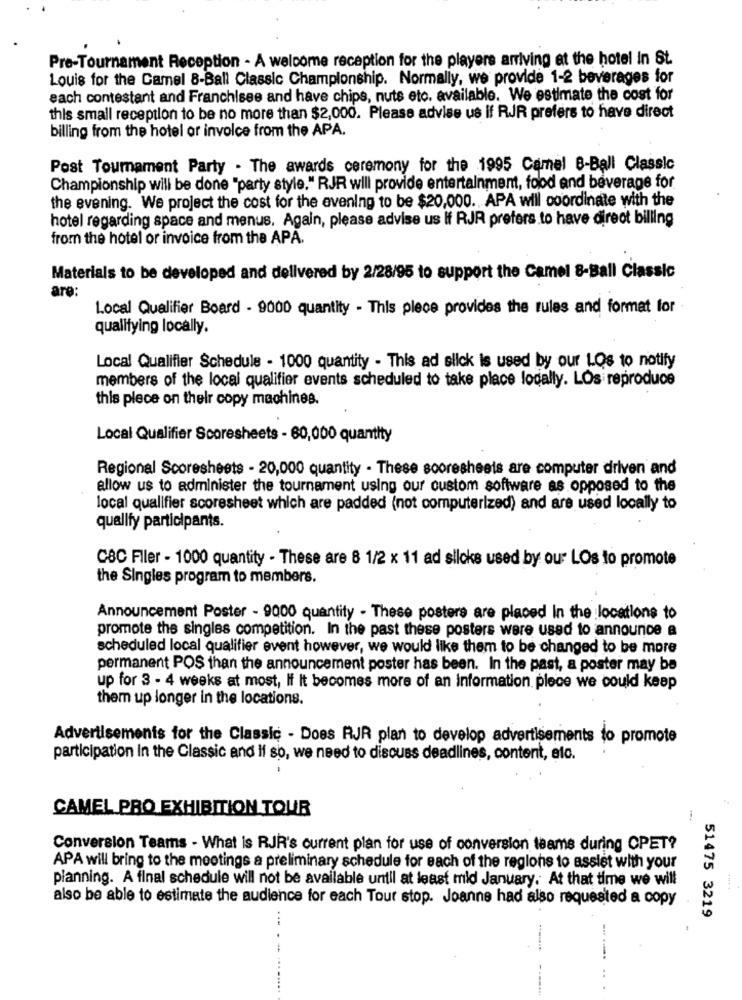
Pre-Tournament Reception - A welcome reception for the players arriving at the hotel In St.
Louis for the Camel 8-Ball Classic Championship. Normally, we provide 1-2 beverages for
each contestant and Franchisee and have chips, nuts etc. available. We estimate the cost for
this small reception to be no more than $2,000. Please advise us if RJR prefers to have direct
billing from the hotel or invoice from the APA.
Post Tournament Party . The awards ceremony for the 1995 Camel 8-Ball Classic
Championship will be done "party style." RJR will provide entertainment, food and beverage for
the evening. We project the cost for the evening to be $20,000. APA will coordinate with the
hotel regarding space and menus. Again, please advise us if RJR prefers to have direct billing
from the hotel or invoice from the APA.
Materials to be developed and delivered by 2/28/95 to support the Camel 8-Ball Classic
are:
Local Qualifier Board - 9000 quantity - This piece provides the rules and format for
qualifying locally.
Local Qualifier Schedule - 1000 quantity - This ad slick is used by our LOs to notify
members of the local qualifier events scheduled to take place locally. LOs reproduce
this piece on their copy machines.
Local Qualifier Scoresheets - 60,000 quantity
Regional Scoresheets - 20,000 quantity - These scoresheets are computer driven and
allow us to administer the tournament using our custom software as opposed to the
local qualifier scoresheet which are padded (not computerized) and are used locally to
qualify participants.
CBC Fler - 1000 quantity - These are 8 1/2 x 11 ad slicks used by our LOs to promote
the Singles program to members.
Announcement Poster - 9000 quantity - These posters are placed In the locations to
promote the singles competition. In the past these posters were used to announce a
scheduled local qualifier event however, we would like them to be changed to be more
permanent POS than the announcement poster has been. In the past, a poster may be
up for 3 - 4 weeks at most, If It becomes more of an information. plece we could keep
them up longer in the locations.
Advertisements for the Classic - Does RJR plan to develop advertisements to promote
participation in the Classic and if so, we need to discuss deadlines, content, etc.
CAMEL PRO EXHIBITION TOUR
Conversion Teams - What is RJR's current plan for use of conversion teams during OPET?
APA will bring to the meetings a preliminary schedule for each of the regions to assist with your
planning. A final schedule will not be available until at least mid January. At that time we will
also be able to estimate the audience for each Tour stop. Joanne had also requested a copy
51475 3219